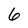
Character: 6